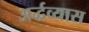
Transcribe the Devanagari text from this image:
अर्द्धव्यास